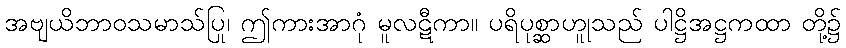
အဗျယိဘာဝသမာသ်ပြု၊ ဤကားအာဂုံ မူလဋီကာ။ ပရိပုစ္ဆာဟူုသည် ပါဋ္ဌိအဋ္ဌကထာ တို့၌